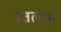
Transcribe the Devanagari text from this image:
रतलाम्